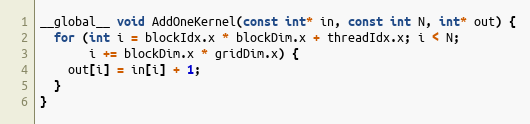
Language: C++
__global__ void AddOneKernel(const int* in, const int N, int* out) {
  for (int i = blockIdx.x * blockDim.x + threadIdx.x; i < N;
       i += blockDim.x * gridDim.x) {
    out[i] = in[i] + 1;
  }
}